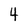
Character: 4